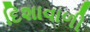
દિશાવાળી